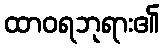
ထာဝရဘုရား၏